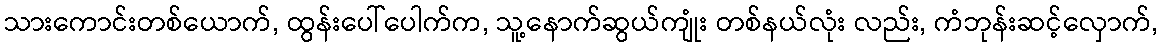
သားကောင်းတစ်ယောက်, ထွန်းပေါ်ပေါက်က, သူ့နောက်ဆွယ်ကျုံး တစ်နယ်လုံး လည်း, ကံဘုန်းဆင့်လှောက်,